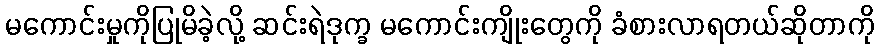
မကောင်းမှုကိုပြုမိခဲ့လို့ ဆင်းရဲဒုက္ခ မကောင်းကျိုးတွေကို ခံစားလာရတယ်ဆိုတာကို